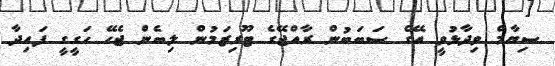
ސިޔާމް ވިދާޅުވީ އޭގެ ސަބަބުން ރާއްޖޭގެ ޓޫރިޒަމުން ލިބެން ޖެހޭ ހަގީގީ ފައިދާ